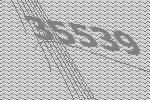
35539